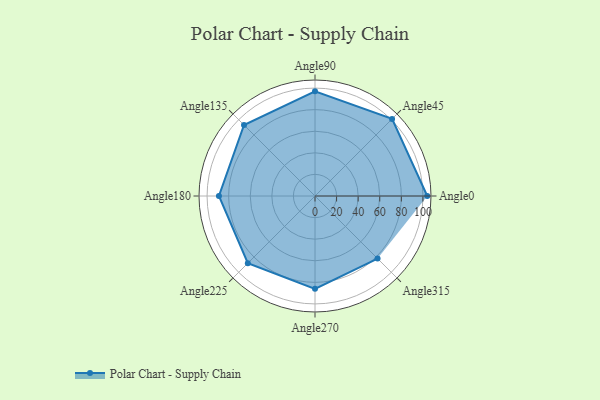
{"axis": {"x": "Angle", "y": "Radius"}, "legend": [""], "data": [{"x": "Angle0", "y": 104.0, "type": ""}, {"x": "Angle45", "y": 101.0, "type": ""}, {"x": "Angle90", "y": 97.0, "type": ""}, {"x": "Angle135", "y": 93.0, "type": ""}, {"x": "Angle180", "y": 89.0, "type": ""}, {"x": "Angle225", "y": 88.0, "type": ""}, {"x": "Angle270", "y": 86.0, "type": ""}, {"x": "Angle315", "y": 82.0, "type": ""}]}